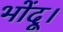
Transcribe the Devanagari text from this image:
भोंदू।